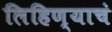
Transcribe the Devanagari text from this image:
लिहिण्याचं